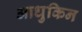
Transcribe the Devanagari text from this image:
आधुकिन